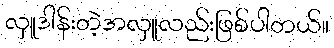
လှူဒါန်းတဲ့အလှူလည်းဖြစ်ပါတယ်။